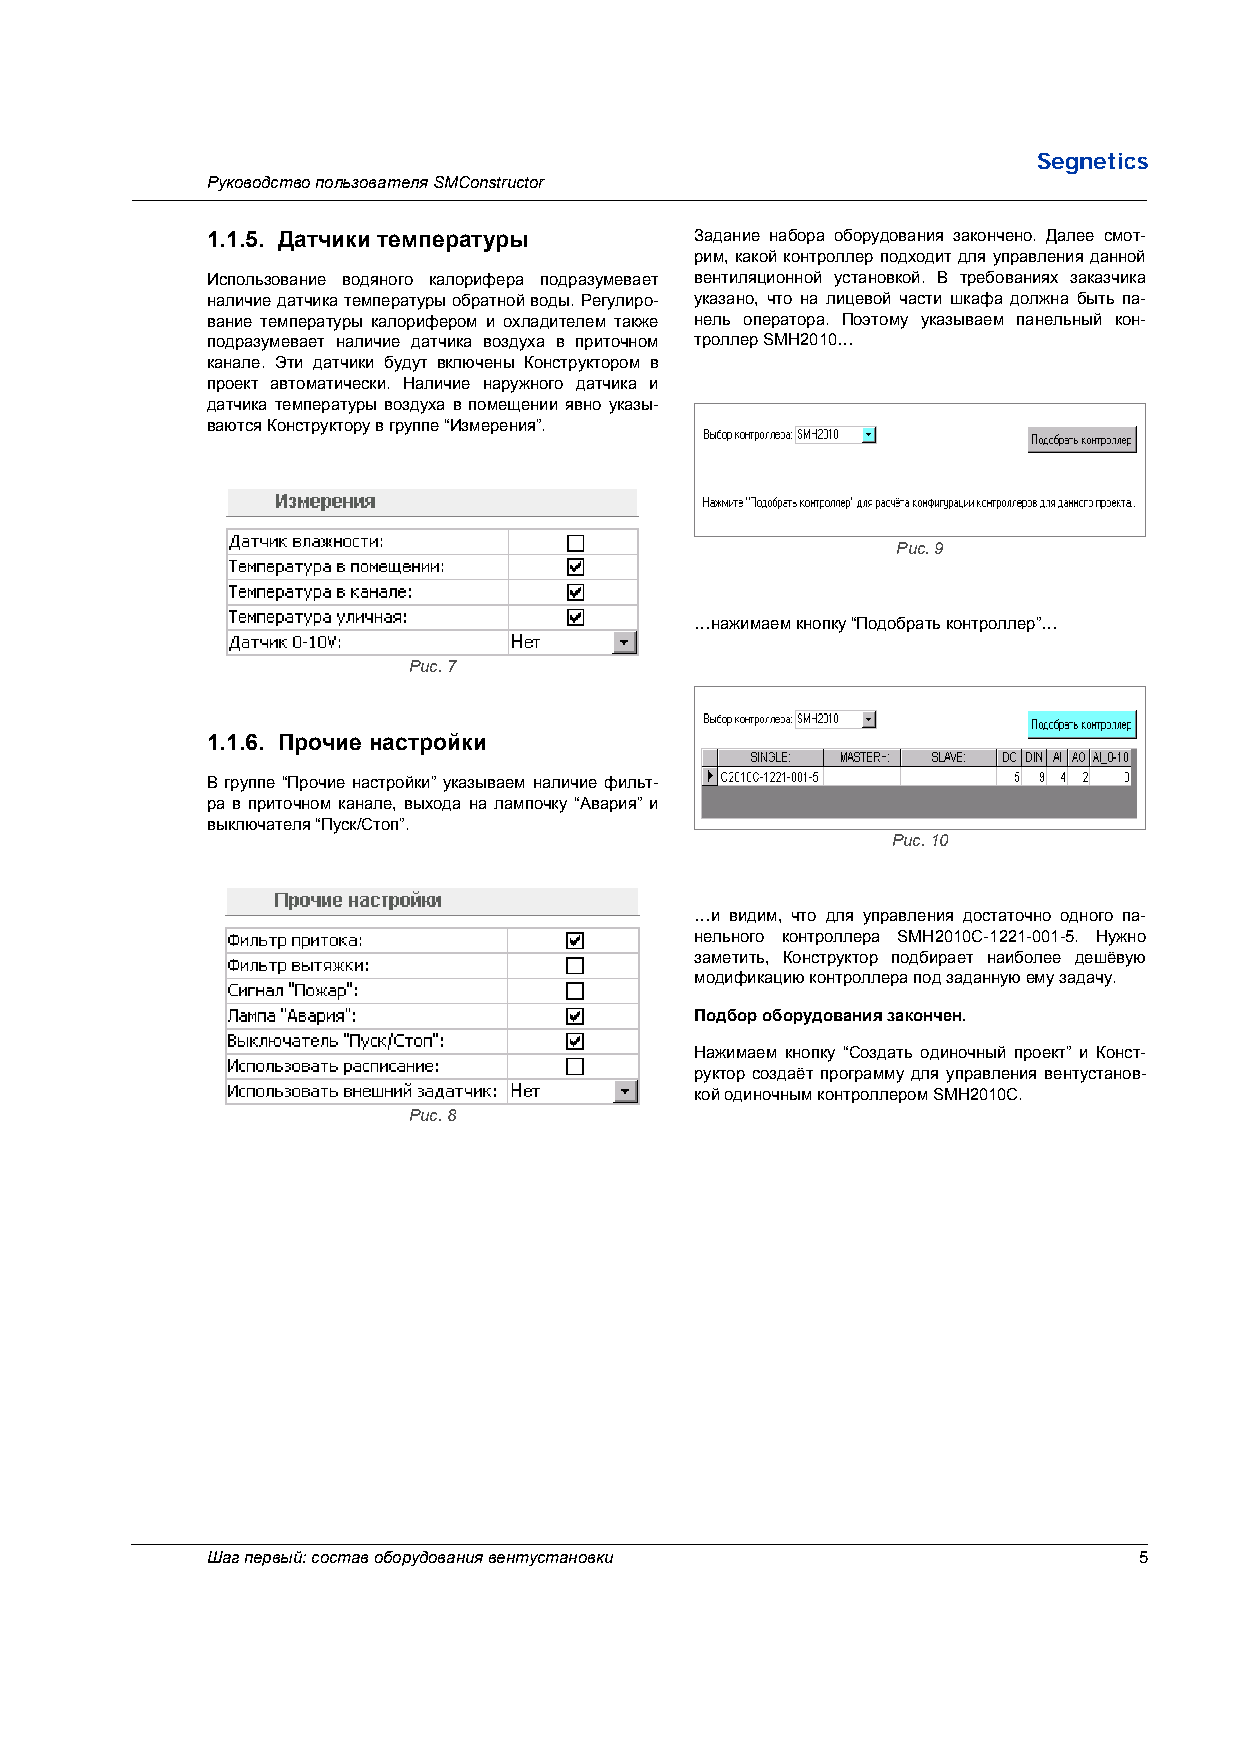
Segnetics
 Руководство пользователя SMConstructor
 1.1.5. Датчики температуры      Задание набора оборудования закончено. Далее смот-
 рим, какой контроллер подходит для управления данной
 Использование водяного калорифера подразумевает вентиляционной установкой. В требованиях заказчика
 наличие датчика температуры обратной воды. Регулиро- указано, что на лицевой части шкафа должна быть па-
 вание температуры калорифером и охладителем также нель оператора. Поэтому указываем панельный кон-
 подразумевает наличие датчика воздуха в приточном троллер SMH2010…
 канале. Эти датчики будут включены Конструктором в
 проект автоматически. Наличие наружного датчика и
 датчика температуры воздуха в помещении явно указы-
 ваются Конструктору в группе “Измерения”.
 Рис. 9
 …нажимаем кнопку “Подобрать контроллер”…
 Рис. 7
 1.1.6. Прочие настройки
 В группе “Прочие настройки” указываем наличие фильт-
 ра в приточном канале, выхода на лампочку “Авария” и
 выключателя “Пуск/Стоп”.
 Рис. 10
 …и видим, что для управления достаточно одного па-
 нельного контроллера SMH2010C-1221-001-5. Нужно
 заметить, Конструктор подбирает наиболее дешёвую
 модификацию контроллера под заданную ему задачу.
 Подбор оборудования закончен.
 Нажимаем кнопку “Создать одиночный проект” и Конст-
 руктор создаёт программу для управления вентустанов-
 кой одиночным контроллером SMH2010C.
 Рис. 8
 Шаг первый: состав оборудования вентустановки                5